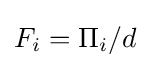
F_{i}=\Pi _{i}/d